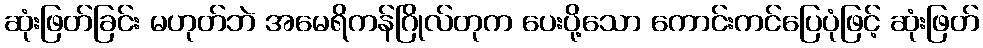
ဆုံးဖြတ်ခြင်း မဟုတ်ဘဲ အမေရိကန်ဂြိုလ်တုက ပေးပို့သော ကောင်းကင်ပြေပုံဖြင့် ဆုံးဖြတ်